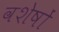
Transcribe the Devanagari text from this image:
वशेषों